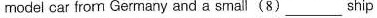
model car from Germany and a small(8) ___ship